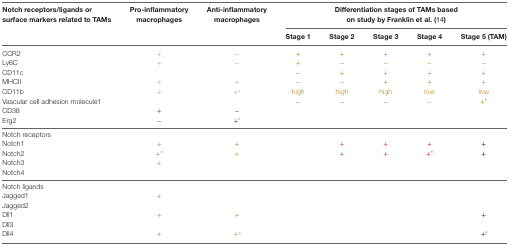
<table><thead><tr><td rowspan="2"><b>Notch receptors/ligands or surface markers related to TAMs</b></td><td rowspan="2"><b>Pro-inflammatory macrophages</b></td><td rowspan="2"><b>Anti-inflammatory macrophages</b></td><td colspan="5"><b>Differentiation stages of TAMs based on study by Franklin et al. (14)</b></td></tr><tr><td><b>Stage 1</b></td><td><b>Stage 2</b></td><td><b>Stage 3</b></td><td><b>Stage 4</b></td><td><b>Stage 5 (TAM)</b></td></tr></thead><tbody><tr><td>CCR2</td><td>+</td><td>−</td><td>+</td><td>+</td><td>+</td><td>+</td><td>+</td></tr><tr><td>Ly6C</td><td>+</td><td>−</td><td>+</td><td>−</td><td>−</td><td>−</td><td>−</td></tr><tr><td>CD11c</td><td></td><td></td><td>−</td><td>+</td><td>+</td><td>+</td><td>+</td></tr><tr><td>MHCII</td><td>+</td><td>+</td><td>−</td><td>−</td><td>+</td><td>+</td><td>+</td></tr><tr><td>CD11b</td><td>+</td><td>+<sup>a</sup></td><td>high</td><td>high</td><td>high</td><td>low</td><td>low</td></tr><tr><td>Vascular cell adhesion molecule1</td><td></td><td></td><td>−</td><td>−</td><td>−</td><td>−</td><td>+<sup>b</sup></td></tr><tr><td>CD38</td><td>+</td><td>−</td><td></td><td></td><td></td><td></td><td></td></tr><tr><td>Erg2</td><td>−</td><td>+<sup>c</sup></td><td></td><td></td><td></td><td></td><td></td></tr><tr><td>Notch receptors</td><td></td><td></td><td></td><td></td><td></td><td></td><td></td></tr><tr><td>Notch1</td><td>+</td><td>+</td><td></td><td>+</td><td>+</td><td>+</td><td>+</td></tr><tr><td>Notch2</td><td>+<sup>d</sup></td><td>+</td><td></td><td>+</td><td>+</td><td>+<sup>e</sup></td><td>+</td></tr><tr><td>Notch3</td><td>+</td><td></td><td></td><td></td><td></td><td></td><td></td></tr><tr><td>Notch4</td><td></td><td></td><td></td><td></td><td></td><td></td><td></td></tr><tr><td>Notch ligands</td><td></td><td></td><td></td><td></td><td></td><td></td><td></td></tr><tr><td>Jagged1</td><td>+</td><td></td><td></td><td></td><td></td><td></td><td></td></tr><tr><td>Jagged2</td><td></td><td></td><td></td><td></td><td></td><td></td><td></td></tr><tr><td>Dll1</td><td>+</td><td>+</td><td></td><td></td><td></td><td></td><td>+</td></tr><tr><td>Dll3</td><td></td><td></td><td></td><td></td><td></td><td></td><td></td></tr><tr><td>Dll4</td><td>+</td><td>+<sup>g</sup></td><td></td><td></td><td></td><td></td><td>+<sup>f</sup></td></tr></tbody></table>